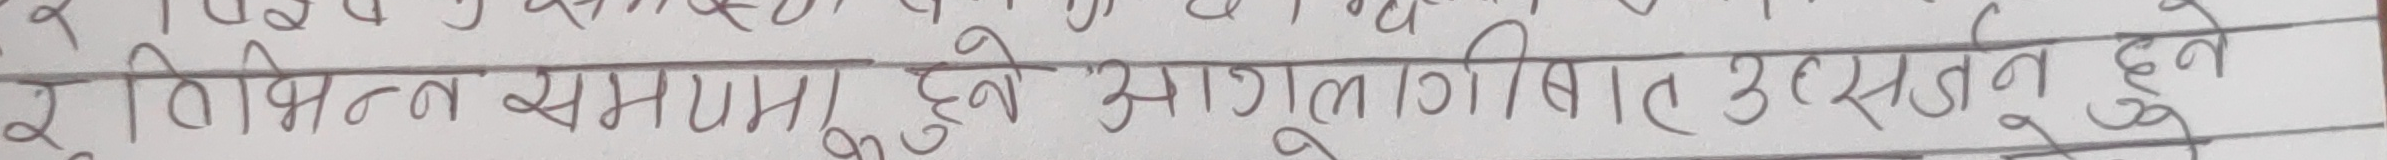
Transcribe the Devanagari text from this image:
प्रतिविम्ब समान्ना हुवे असंगुलि बाट उत्सर्जन हुन्